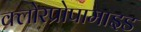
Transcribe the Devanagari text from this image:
क्लोरप्रोपामाइड